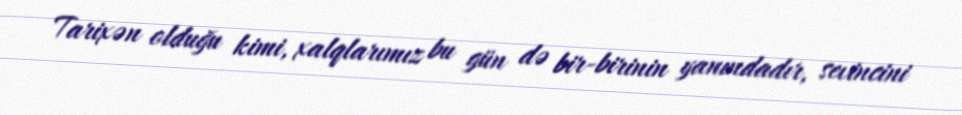
Tarixən olduğu kimi, xalqlarımız bu gün də bir-birinin yanındadır, sevincini